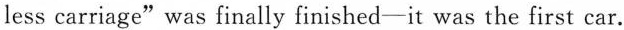
less carriage"was finally finished-it was the first car.